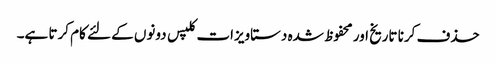
حذف کرنا تاریخ اور محفوظ شدہ دستاویزات کلپس دونوں کے لئے کام کرتا ہے۔